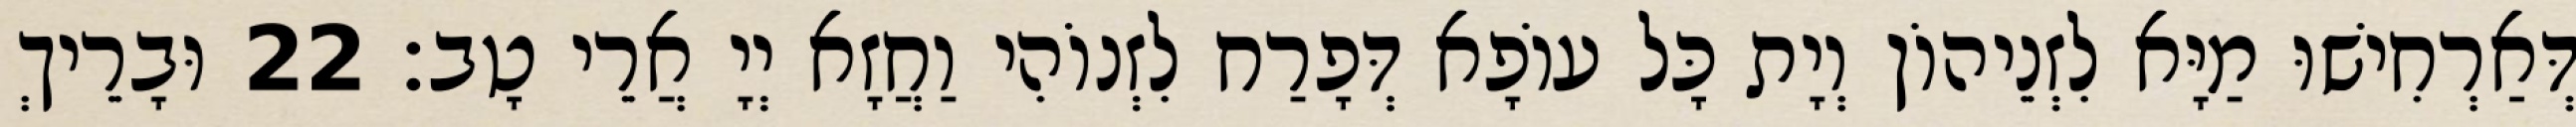
דְּאַרְחִישׁוּ מַיָּא לִזְנֵיהוֹן וְיָת כָּל עוֹפָא דְּפָרַח לִזְנוֹהִי וַחֲזָא יְיָ אֲרֵי טָב׃ 22 וּבָרֵיךְ